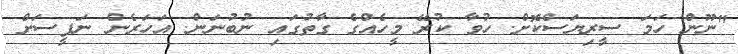
"ނޫން ހަމަ ސީރިޔަސްކޮށް. ހުވާ ކުރޭ މީހެއްގެ ގާތުގައި ނުބުނަން. އަހަރެން ނަފީސަށް